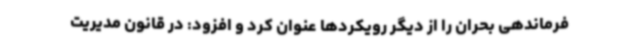
فرماندهی بحران را از دیگر رویکردها عنوان کرد و افزود: در قانون مدیریت